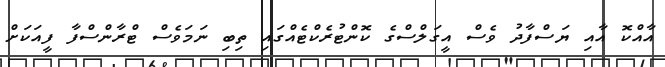
އާއްކޮ އާއި ޔަސްފާދު ވެސް އީގަލްސްގެ ކޮންޓުރެކްޓެއްގައި ތިބި ނަމަވެސް ޓްރާންސްފާ ފީއަކަށް